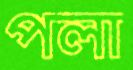
পলা